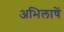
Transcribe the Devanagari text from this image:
अभिलाषें